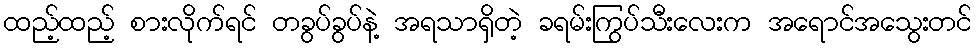
ထည့်ထည့် စားလိုက်ရင် တခွပ်ခွပ်နဲ့ အရသာရှိတဲ့ ခရမ်းကြွပ်သီးလေးက အရောင်အသွေးတင်